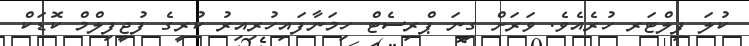
ކުލަ ފިލްޓަރ ހުރެއެވެ. ވަރަށް ގިނަ ޕްރިސެޓް ހިމަނާފައިހުރިއިރު ކުރީގެ ފުޖީފިލްމް ކޮޑަކް